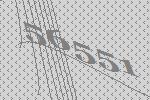
56551